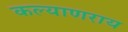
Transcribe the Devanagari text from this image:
कल्याणराय